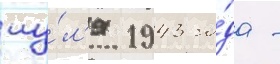
иу́л'я 1943 го́да -